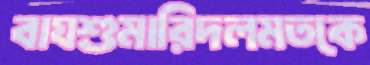
বাঘশুমারিদলমতকে